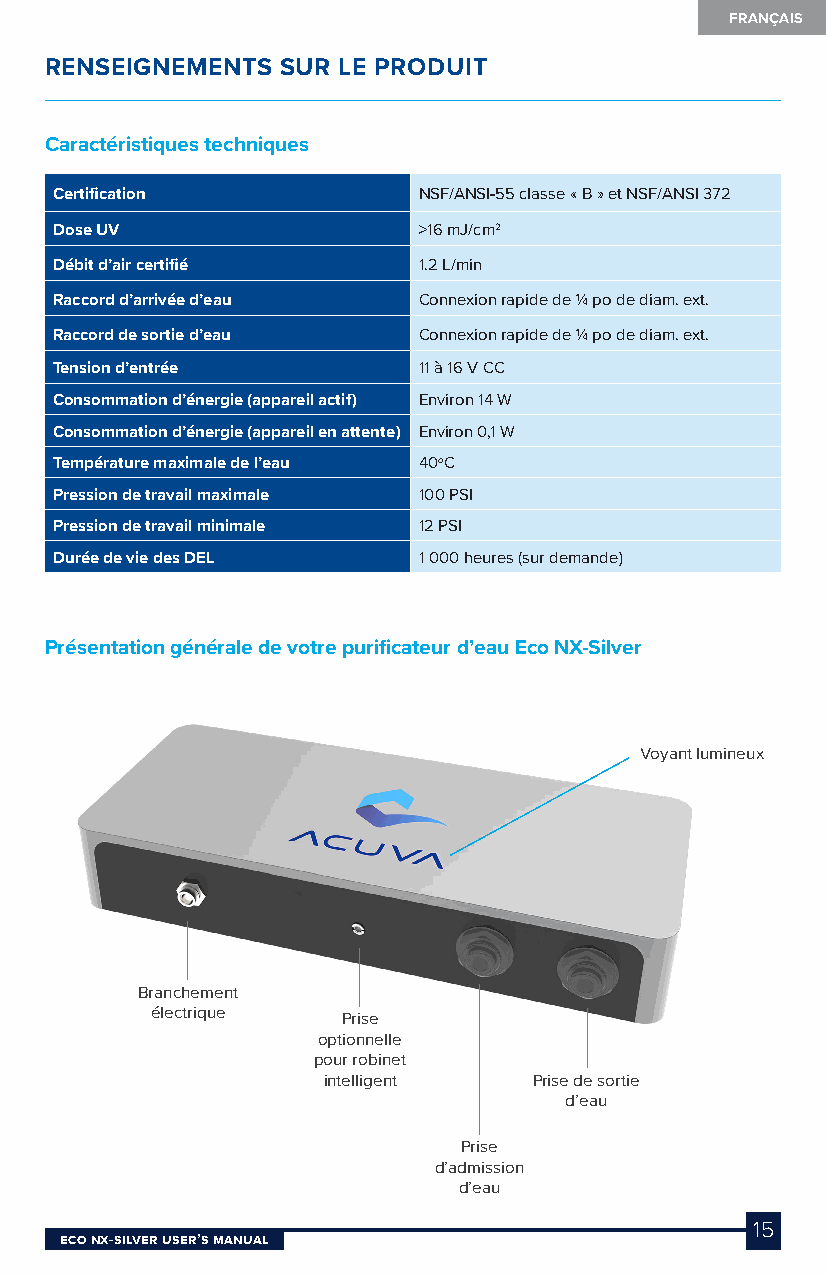
FRANÇAIS
 RENSEIGNEMENTS  SUR LE PRODUIT
 Caractéristiques techniques
 Certification           NSF/ANSI-55 classe « B » et NSF/ANSI 372
 Dose UV                 >16 mJ/cm2
 Débit d’air certifié    1.2 L/min
 Raccord d’arrivée d’eau Connexion rapide de ¼ po de diam. ext.
 Raccord de sortie d’eau Connexion rapide de ¼ po de diam. ext.
 Tension d’entrée        11 à 16 V CC
 Consommation d’énergie (appareil actif) Environ 14 W
 Consommation d’énergie (appareil en attente) Environ 0,1 W
 Température maximale de l’eau 40oC
 Pression de travail maximale 100 PSI
 Pression de travail minimale 12 PSI
 Durée de vie des DEL    1 000 heures (sur demande)
 Présentation générale de votre purificateur d’eau Eco NX-Silver
 Voyant lumineux
 Branchement
 électrique
 Prise
 optionnelle
 pour robinet
 intelligent   Prise de sortie
 d’eau
 Prise
 d’admission
 d’eau
 15
 Eco NX-SilvEr USEr’S MaNUal